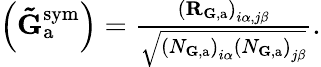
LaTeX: \begin{array}{r}{\left(\mathbf{\tilde{G}}_{\mathrm{a}}^{\mathrm{sym}}\right)=\frac{\left(\mathbf{R}_{{\mathbf G},\mathrm{a}}\right)_{i\alpha,j\beta}}{\sqrt{\left(N_{{\mathbf G},\mathrm{a}}\right)_{i\alpha}\left(N_{{\mathbf G},\mathrm{a}}\right)_{j\beta}}}.}\end{array}